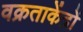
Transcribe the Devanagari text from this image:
वक्रताकेंद्रों